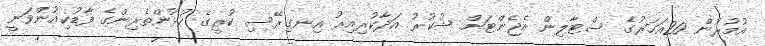
އުމުރުން 20އަހަރުގެ ސްޓާލިން އެޖެންޓަށް ޝުކުރު އަދާކުރިއިރު އިނގިރޭސި ކުރީގެ ކުޅުންތެރިންގެ ފާޑުކިއުންވަނީ